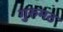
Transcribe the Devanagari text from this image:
गुरुमठ